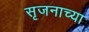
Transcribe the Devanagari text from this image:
सृजनाच्या